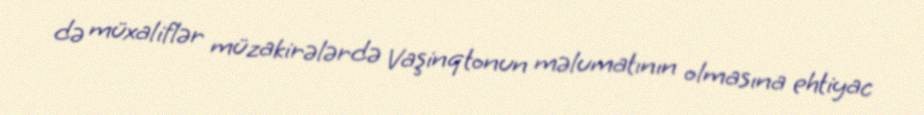
də müxaliflər müzakirələrdə Vaşinqtonun məlumatının olmasına ehtiyac